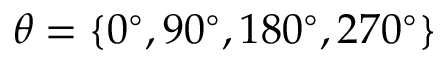
\theta = \{ 0 ^ { \circ } , 9 0 ^ { \circ } , 1 8 0 ^ { \circ } , 2 7 0 ^ { \circ } \}